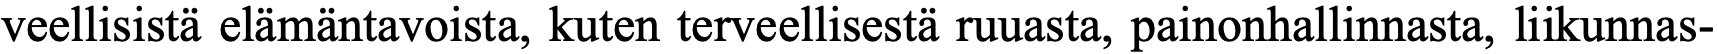
veellisistä elämäntavoista, kuten terveellisestä ruuasta, painonhallinnasta, liikunnas-